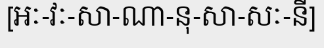
[អៈ-វៈ-សា-ណា-នុ-សា-សៈ-នី]